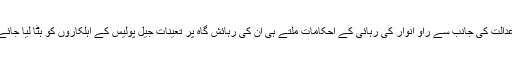
اب عدالت کی جانب سے راؤ انوار کی رہائی کے احکامات ملتے ہی ان کی رہائش گاہ پر تعینات جیل پولیس کے اہلکاروں کو ہٹا لیا جائے گا۔